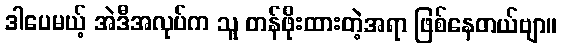
ဒါပေမယ့် အဲဒီအလုပ်က သူ တန်ဖိုးထားတဲ့အရာ ဖြစ်နေတယ်ဗျာ။